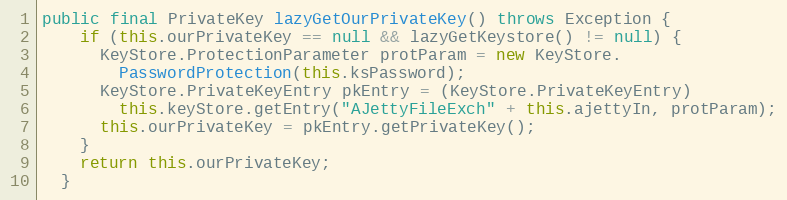
Language: Java
public final PrivateKey lazyGetOurPrivateKey() throws Exception {
    if (this.ourPrivateKey == null && lazyGetKeystore() != null) {
      KeyStore.ProtectionParameter protParam = new KeyStore.
        PasswordProtection(this.ksPassword);
      KeyStore.PrivateKeyEntry pkEntry = (KeyStore.PrivateKeyEntry)
        this.keyStore.getEntry("AJettyFileExch" + this.ajettyIn, protParam);
      this.ourPrivateKey = pkEntry.getPrivateKey();
    }
    return this.ourPrivateKey;
  }